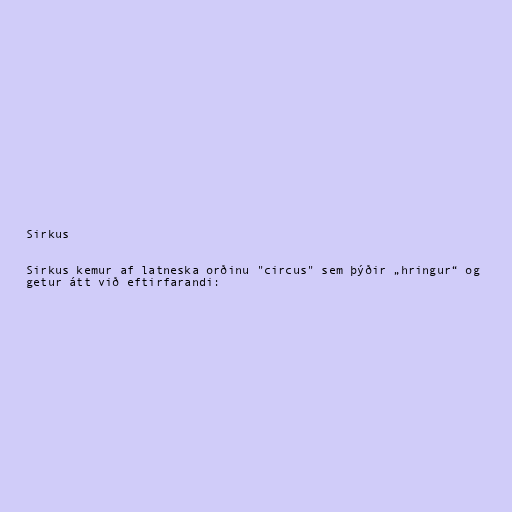
Sirkus

Sirkus kemur af latneska orðinu "circus" sem þýðir „hringur“ og
getur átt við eftirfarandi: